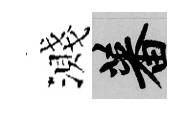
濺蕃